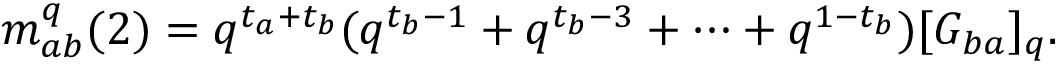
m _ { a b } ^ { q } ( 2 ) = q ^ { t _ { a } + t _ { b } } ( q ^ { t _ { b } - 1 } + q ^ { t _ { b } - 3 } + \cdots + q ^ { 1 - t _ { b } } ) [ G _ { b a } ] _ { q } .